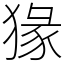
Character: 猭